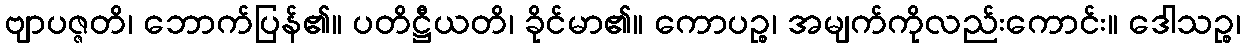
ဗျာပဇ္ဇတိ၊ ဘောက်ပြန်၏။ ပတိဋ္ဌီယတိ၊ ခိုင်မာ၏။ ကောပဉ္စ၊ အမျက်ကိုလည်းကောင်း။ ဒေါသဉ္စ၊